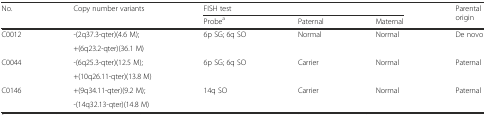
| <ROWSPAN=2> No. | <ROWSPAN=2> Copy number variants | <COLSPAN=3> FISH test | <ROWSPAN=2> Parental origin |
 | Probea | Paternal | Maternal |
 | --- | --- | --- | --- | --- | --- |
 | <ROWSPAN=2> C0012 | -(2q37.3-qter)(4.6 M); | <ROWSPAN=2> 6p SG; 6q SO | <ROWSPAN=2> Normal | <ROWSPAN=2> Normal | <ROWSPAN=2> De novo |
 | +(6q23.2-qter)(36.1 M) |
 | <ROWSPAN=2> C0044 | -(6q25.3-qter)(12.5 M); | <ROWSPAN=2> 6p SG; 6q SO | <ROWSPAN=2> Carrier | <ROWSPAN=2> Normal | <ROWSPAN=2> Paternal |
 | +(10q26.11-qter)(13.8 M) |
 | <ROWSPAN=2> C0146 | +(9q34.11-qter)(9.2 M); | <ROWSPAN=2> 14q SO | <ROWSPAN=2> Carrier | <ROWSPAN=2> Normal | <ROWSPAN=2> Paternal |
 | -(14q32.13-qter)(14.8 M) |